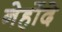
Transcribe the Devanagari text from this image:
नेहोंदे